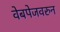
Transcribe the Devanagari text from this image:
वेबपेजवरुन